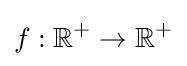
f:{\mathbb {R} ^{+}}\rightarrow {\mathbb {R} ^{+}}